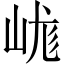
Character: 㟌